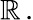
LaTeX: \mathbb{R}\, .